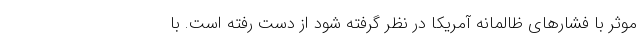
موثر با فشارهای ظالمانه آمریکا در نظر گرفته شود از دست رفته است. با